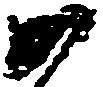
如